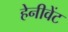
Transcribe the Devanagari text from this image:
हेनीवेंट